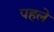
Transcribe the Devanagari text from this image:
पहले